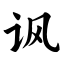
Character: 讽